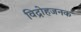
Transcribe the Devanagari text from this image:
विद्रोहजनक